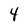
Character: 4